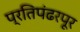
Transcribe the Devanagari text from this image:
प्रतिपंढरपूर